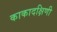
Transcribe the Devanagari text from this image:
काकादक्षिणी